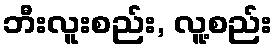
ဘီးလူးစည်း, လူ့စည်း